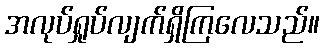
အလုပ်ရှုပ်လျက်ရှိကြလေသည်။